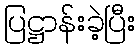
ပြဋ္ဌာန်းခဲ့ပြီး